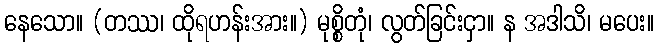
နေသော။ (တဿ၊ ထိုရဟန်းအား။) မုစ္စိတုံ၊ လွတ်ခြင်းငှာ။ န အဒါသိ၊ မပေး။